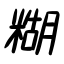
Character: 糊